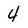
Character: 4